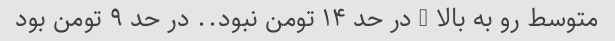
متوسط رو به بالا … در حد ۱۴ تومن نبود.. در حد ۹ تومن بود